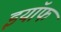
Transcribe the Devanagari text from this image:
इयॉफ